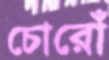
চোরোঁ